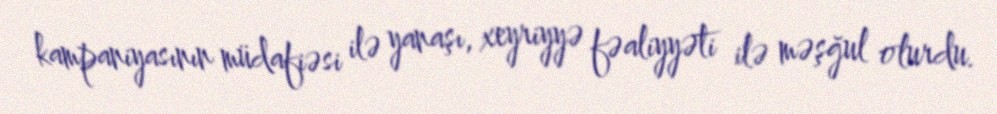
kampaniyasının müdafiəsi ilə yanaşı, xeyriyyə fəaliyyəti ilə məşğul olurdu.